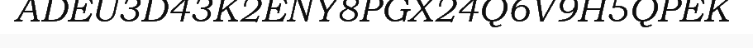
ADEU3D43K2ENY8PGX24Q6V9H5QPEK